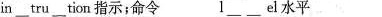
in\underline{}tru\underline{}tion指示；命令 l\underline{}el水平